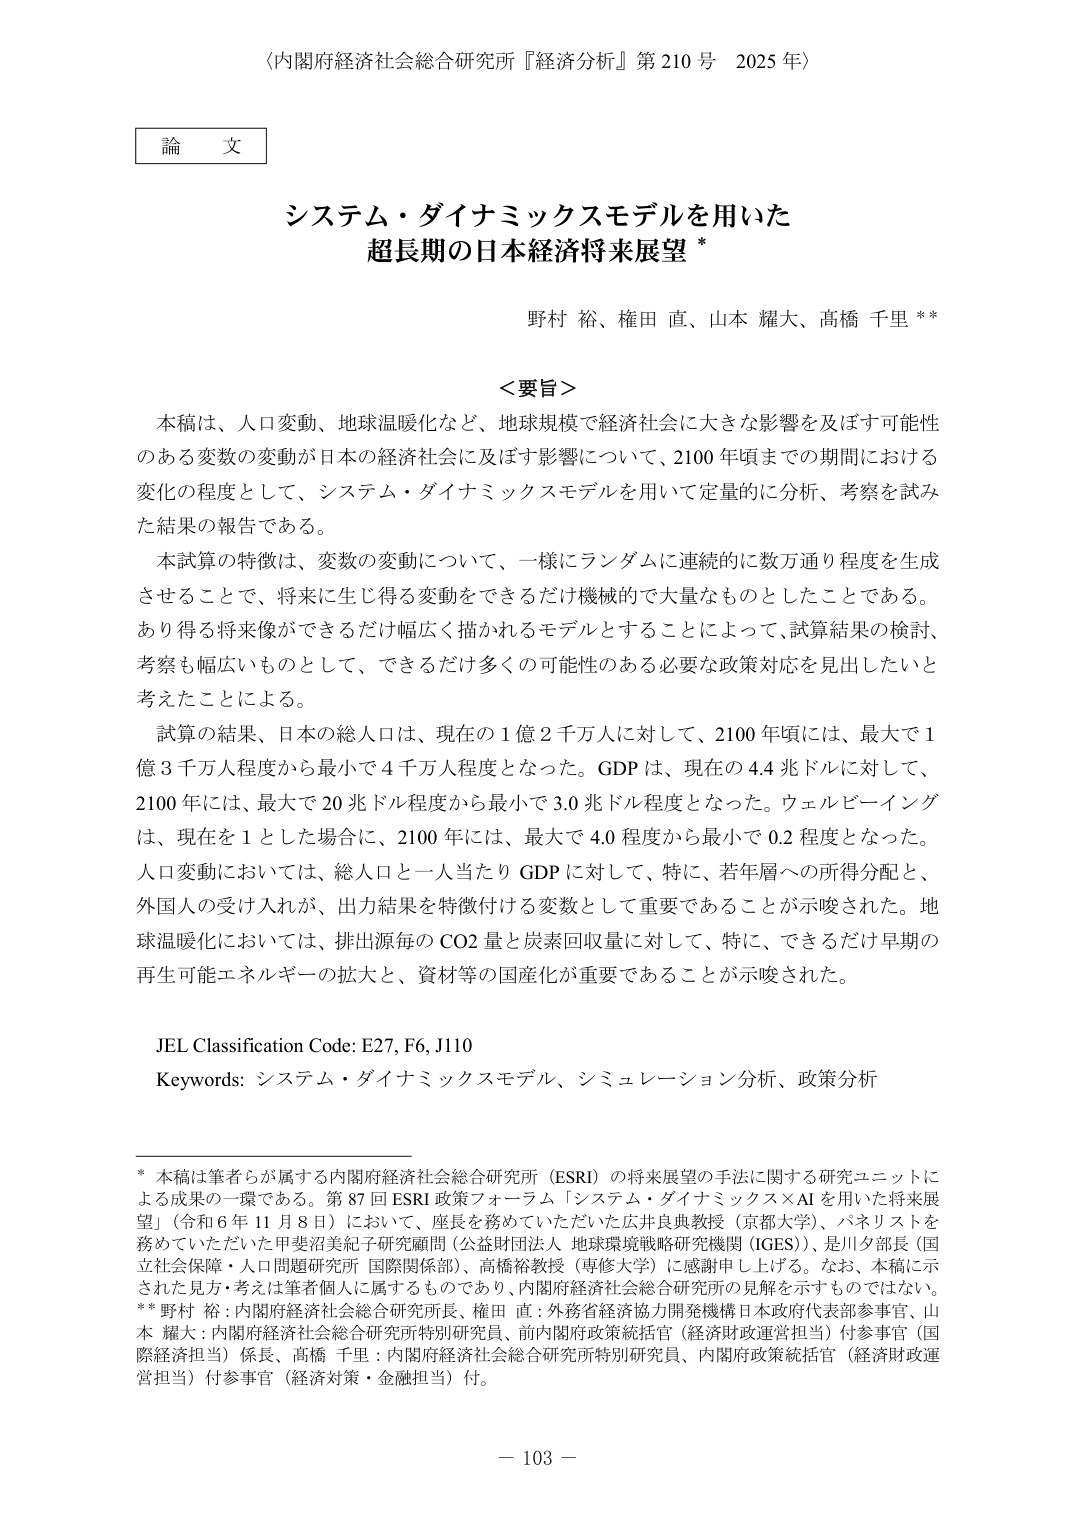
〈内閣府経済社会総合研究所『経済分析』第210号 2025年〉

論文

システム・ダイナミックスモデルを用いた
超長期の日本経済将来展望*

野村 裕、権田 直、山本 耀大、高橋 千里**

＜要旨＞

本稿は、人口変動、地球温暖化など、地球規模で経済社会に大きな影響を及ぼす可能性のある変数の変動が日本の経済社会に及ぼす影響について、2100年頃までの期間における変化の程度として、システム・ダイナミックスモデルを用いて定量的に分析、考察を試みた結果の報告である。

本試算の特徴は、変数の変動について、一様にランダムに連続的に数万通り程度を生成させることで、将来に生じ得る変動をできるだけ機械的で大量なものとしたことである。あり得る将来像ができるだけ幅広く描かれるモデルとすることによって、試算結果の検討、考察も幅広いものとして、できるだけ多くの可能性のある必要な政策対応を見出したいと考えたことによる。

試算の結果、日本の総人口は、現在の1億2千万人に対して、2100年頃には、最大で1億3千万人程度から最小で4千万人程度となった。GDPは、現在の4.4兆ドルに対して、2100年には、最大で20兆ドル程度から最小で3.0兆ドル程度となった。ウェルビーイングは、現在を1とした場合に、2100年には、最大で4.0程度から最小で0.2程度となった。人口変動においては、総人口と一人当たりGDPに対して、特に、若年層への所得分配と、外国人の受け入れが、出力結果を特徴付ける変数として重要であることが示唆された。地球温暖化においては、排出源毎のCO2量と炭素回収量に対して、特に、できるだけ早期の再生可能エネルギーの拡大と、資材等の国産化が重要であることが示唆された。

JEL Classification Code: E27, F6, J110
Keywords: システム・ダイナミックスモデル、シミュレーション分析、政策分析

* 本稿は筆者らが属する内閣府経済社会総合研究所（ESRI）の将来展望の手法に関する研究ユニットによる成果の一環である。第87回ESRI政策フォーラム「システム・ダイナミックス×AIを用いた将来展望」（令和6年11月8日）において、座長を務めていただいた広井良典教授（京都大学）、パネリストを務めていただいた甲斐沼美紀子研究顧問（公益財団法人 地球環境戦略研究機関（IGES））、是川夕部長（国立社会保障・人口問題研究所 国際関係部）、高橋裕教授（専修大学）に感謝申し上げる。なお、本稿に示された見方・考えは筆者個人に属するものであり、内閣府経済社会総合研究所の見解を示すものではない。
** 野村 裕：内閣府経済社会総合研究所長、権田 直：外務省経済協力開発機構日本政府代表部参事官、山本 耀大：内閣府経済社会総合研究所特別研究員、前内閣府政策統括官（経済財政運営担当）付参事官（国際経済担当）係長、高橋 千里：内閣府経済社会総合研究所特別研究員、内閣府政策統括官（経済財政運営担当）付参事官（経済対策・金融担当）付。

－ 103 －